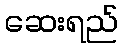
ဆေးရည်